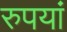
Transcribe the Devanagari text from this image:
रुपयां